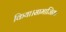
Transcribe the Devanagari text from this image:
किया।सामाजिक